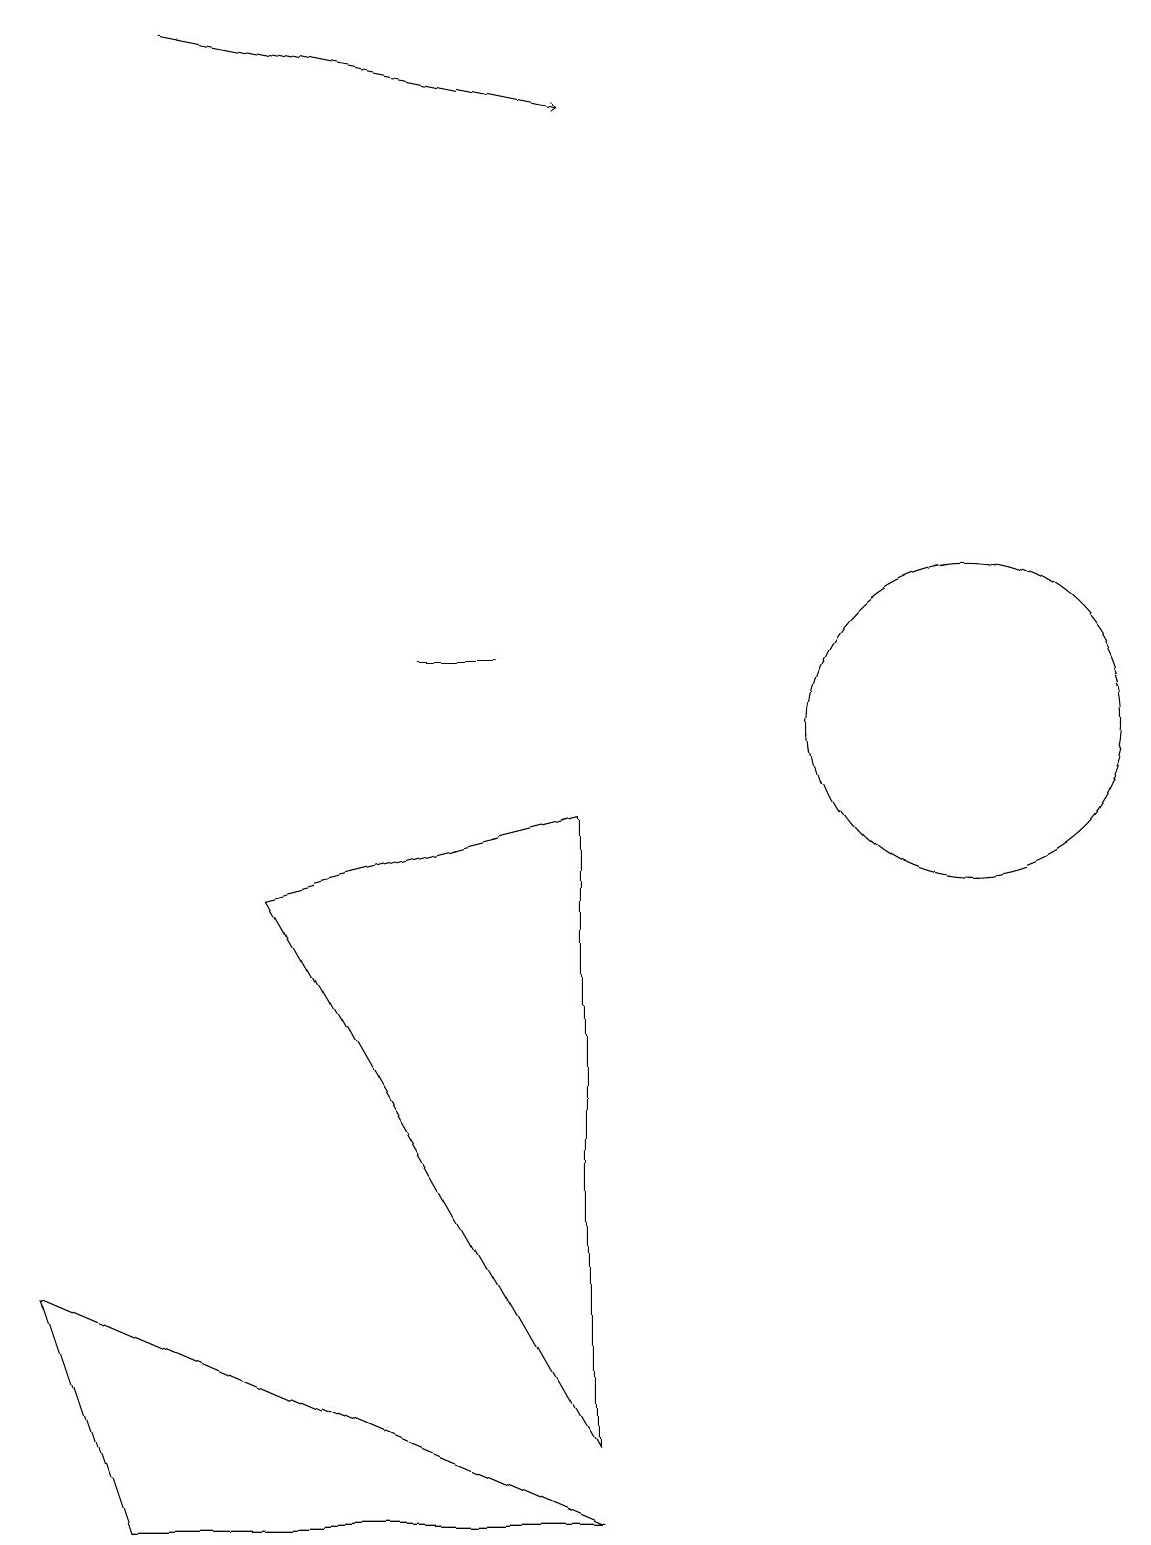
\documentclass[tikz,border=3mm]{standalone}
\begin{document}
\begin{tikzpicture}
\draw (0,3) -- (7,0) -- (1,0) -- cycle;
\draw[->] (2,19) -- (7,18);
\draw (12,10) circle (2);
\draw (5,11) rectangle (6,11);
\draw (3,8) -- (7,9) -- (7,1) -- cycle;
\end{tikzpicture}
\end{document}